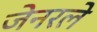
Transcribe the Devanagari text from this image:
जेनरले